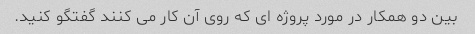
بین دو همکار در مورد پروژه ای که روی آن کار می کنند گفتگو کنید.